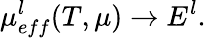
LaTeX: \mu_{eff}^{l}(T,\mu)\to E^{l}.